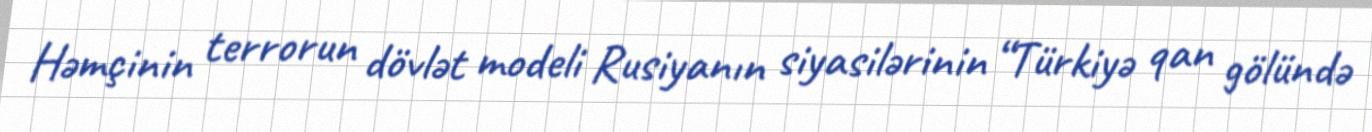
Həmçinin terrorun dövlət modeli Rusiyanın siyasilərinin “Türkiyə qan gölündə